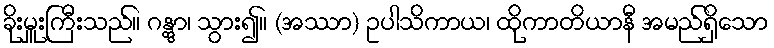
ခိုးမှူးကြီးသည်။ ဂန္တွာ၊ သွား၍။ (အဿာ) ဥပါသိကာယ၊ ထိုကာတိယာနီ အမည်ရှိသော